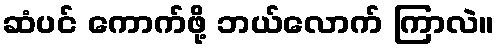
ဆံပင် ကောက်ဖို့ ဘယ်လောက် ကြာလဲ။